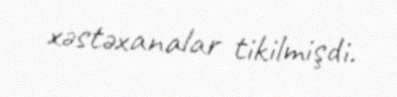
xəstəxanalar tikilmişdi.